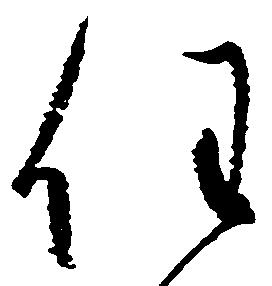
任